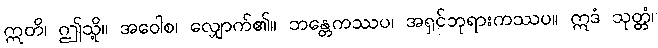
ဣတိ၊ ဤသို့။ အဝေါစ၊ လျှောက်၏။ ဘန္တေကဿပ၊ အရှင်ဘုရားကဿပ။ ဣဒံ သုတ္တံ၊